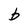
Character: b